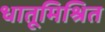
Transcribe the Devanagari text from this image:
धातूमिश्रित